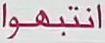
انتبهوا